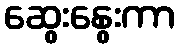
ဆွေးနွေးကာ